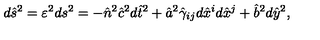
d \hat { s } ^ { 2 } = \varepsilon ^ { 2 } d s ^ { 2 } = - \hat { n } ^ { 2 } \hat { c } ^ { 2 } d \hat { t } ^ { 2 } + \hat { a } ^ { 2 } \hat { \gamma } _ { i j } d \hat { x } ^ { i } d \hat { x } ^ { j } + \hat { b } ^ { 2 } d \hat { y } ^ { 2 } ,